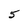
Character: 5